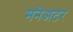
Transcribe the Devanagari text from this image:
मनेअटर